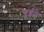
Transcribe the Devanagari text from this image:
यूईस